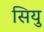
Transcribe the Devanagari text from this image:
सियु